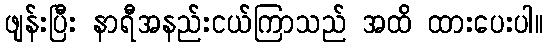
ဖျန်းပြီး နာရီအနည်းငယ်ကြာသည် အထိ ထားပေးပါ။